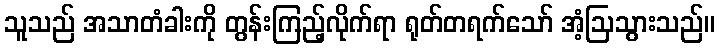
သူသည် အသာတံခါးကို တွန်းကြည့်လိုက်ရာ ရုတ်တရက်သော် အံ့ဩသွားသည်။